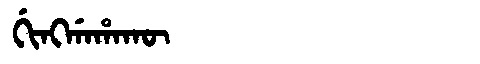
Manchu: ᡤᡳᠩᡤᠠᡥᠠᡴᡡ
Romanization: GINGGAHAKŪ